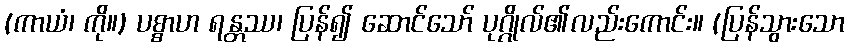
(ကာယံ၊ ကို။) ပစ္စာဟ ရန္တဿ၊ ပြန်၍ ဆောင်သော် ပုဂ္ဂိုလ်၏လည်းကောင်း။ (ပြန်သွားသော